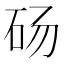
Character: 砀